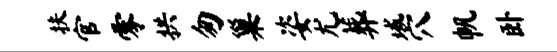
扶官零拱匆巢姿尤葬域穴帆卧